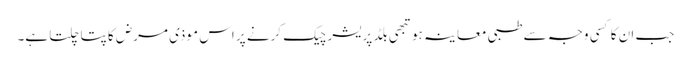
جب ان کا کسی وجہ سے طبی معاینہ ہو تبھی بلڈ پریشر چیک کرنے پر اس موذی مرض کا پتا چلتا ہے۔